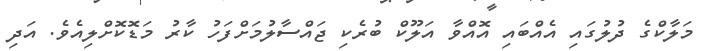
މަލާކްގެ ދުލުގައި އެއްބައި އޮއްވާ އަލޫކް ބުރެކި ޖައްސާލުމަށްފަހު ކާރު މަޑޮކޮށްލިއެވެ. އަދި